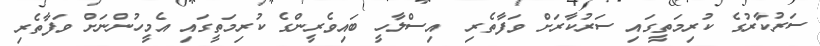
ސަރުކާރުގެ ކުރިމަތީގައި ސަރުކާރަށް ވަފާތެރި  އިސްލާހީ ބައިވެރީންގެ ކުރިމަތީގައި އެމީހުންނަށް ވަފާތެރި